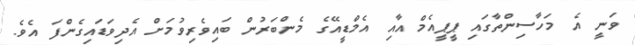
ވަނީ އެ މަހާސިންތާގައި ޕީޕީއެމް އާއި އެމްޑީއޭގެ މެންބަރުން ބައިވެރިވުމަށް އެދިވަޑައިގެންފަ އެވެ.